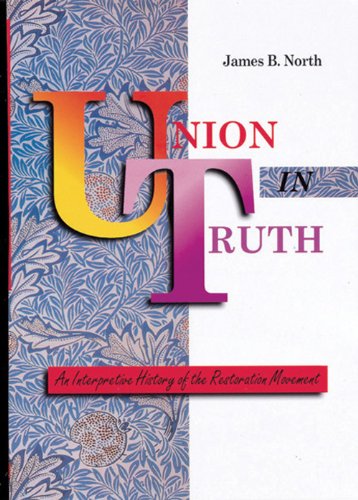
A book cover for Union in Truth: An Interpretive History of the Restoration Movement; James B. North; Christian Books & Bibles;